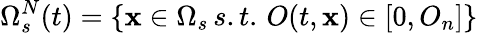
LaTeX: \Omega_{s}^{N}(t)=\{ \mathbf{x}\in\Omega_{s}\, s.t.\, O(t,\mathbf{x})\in[0,O_{n}]\}